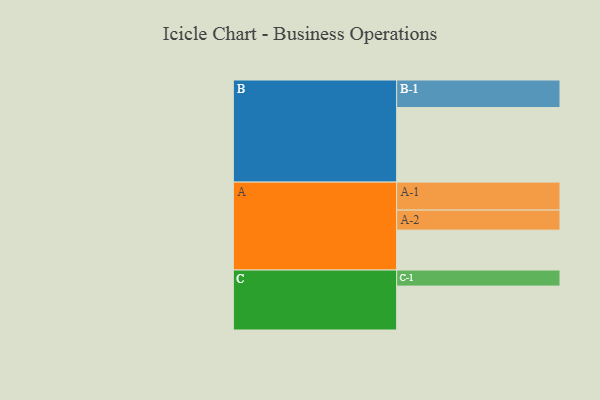
{"axis": {"x": "Segment", "y": "Value"}, "legend": ["", "A", "B", "C"], "data": [{"x": "A", "y": 301, "type": ""}, {"x": "B", "y": 562, "type": ""}, {"x": "C", "y": 331, "type": ""}, {"x": "A-1", "y": 211, "type": "A"}, {"x": "A-2", "y": 151, "type": "A"}, {"x": "B-1", "y": 208, "type": "B"}, {"x": "C-1", "y": 121, "type": "C"}]}